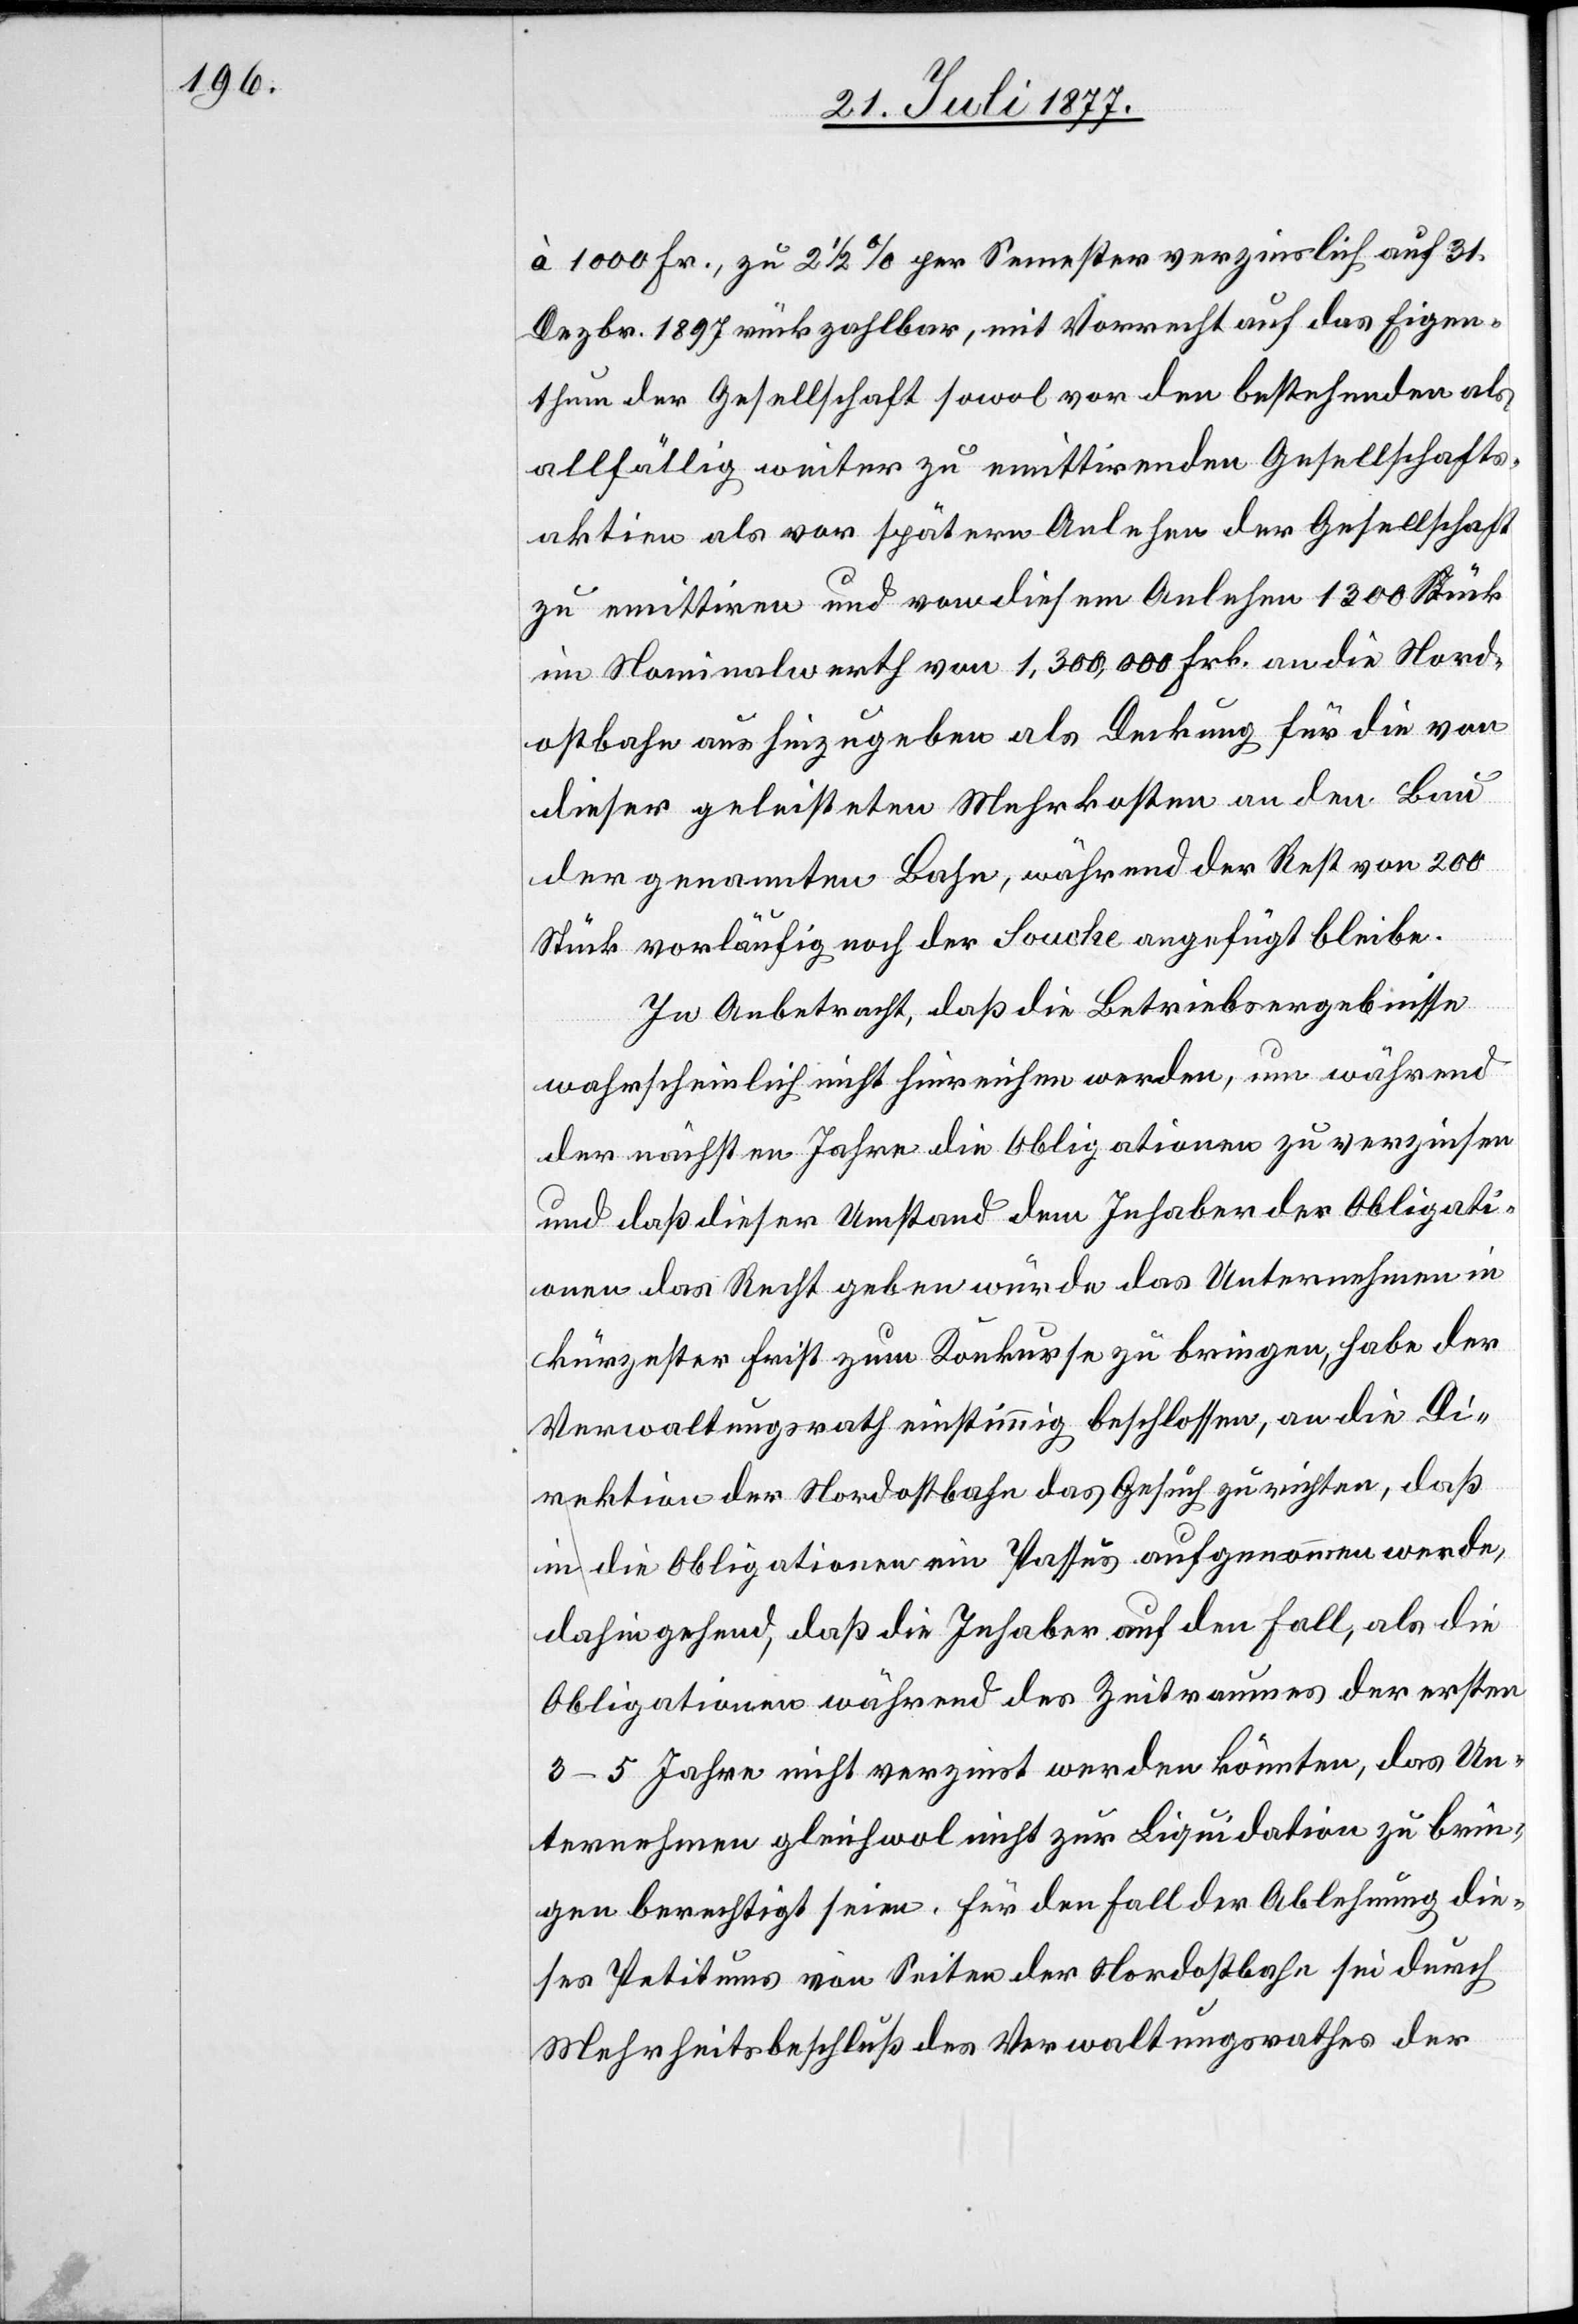
à 1000 Fr., zu 2 1/2 % per Semester verzinslich auf 31.
Dezbr. 1897 rückzahlbar, mit Vorrecht auf das Eigen¬
thum der Gesellschaft sowol vor den bestehenden als
allfällig weiter zu emittirenden Gesellschafts¬
aktien als vor spätern Anlehen der Gesellschaft
zu emittiren und von diesem Anlehen 1300 Stück
im Nominalwerth von 1,300,000 Frk. an die Nord¬
ostbahn aushinzugeben als Deckung für die von
dieser geleisteten Mehrkosten an den Bau
der genannten Bahn, während der Rest von 200
Stück vorläufig noch der Souche angefügt bleibe.
In Anbetracht, daß die Betriebsergebnisse
wahrscheinlich nicht hinreichen werden, um während
der nächsten Jahre die Obligationen zu verzinsen
und daß dieser Umstand dem Inhaber der Obligati¬
onen das Recht geben würde das Unternehmen in
kürzester Frist zum Konkurse zu bringen, habe der
Verwaltungsrath einstimmig beschlossen, an die Di¬
rektion der Nordostbahn das Gesuch zu richten, daß
in die Obligationen ein Passus aufgenommen werde,
dahin gehend, daß die Inhaber auf den Fall, als die
Obligationen während des Zeitraumes der ersten
3–5 Jahre nicht verzinst werden könnten, das Un¬
ternehmen gleichwol nicht zur Liquidation zu brin¬
gen berechtigt seien. Für den Fall der Ablehnung die¬
ses Petitums von Seiten der Nordostbahn sei durch
Mehrheitsbeschluß des Verwaltungsrathes der